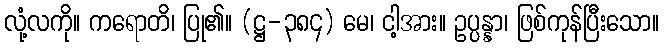
လုံ့လကို။ ကရောတိ၊ ပြု၏။ (ဋ္ဌ-၃၈၄) မေ၊ ငါ့အား။ ဥပ္ပန္နာ၊ ဖြစ်ကုန်ပြီးသော။